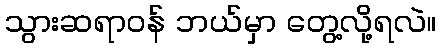
သွားဆရာဝန် ဘယ်မှာ တွေ့လို့ရလဲ။